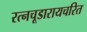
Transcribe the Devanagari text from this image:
रत्नचूडारायचरित